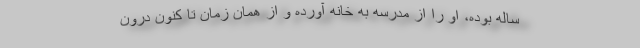
ساله بوده، او را از مدرسه به خانه آورده و از همان زمان تا کنون درون